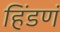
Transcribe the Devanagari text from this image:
हिंडणं